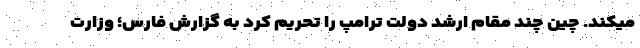
میکند. چین چند مقام ارشد دولت ترامپ را تحریم کرد به گزارش فارس؛ وزارت